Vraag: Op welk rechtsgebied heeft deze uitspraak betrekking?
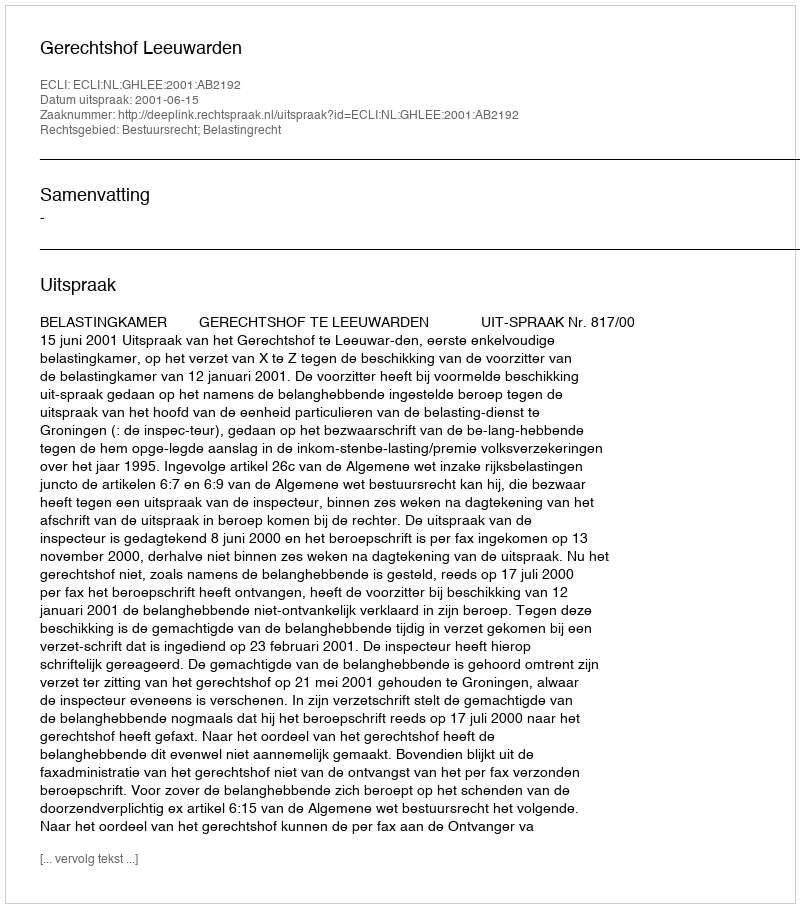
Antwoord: Bestuursrecht; Belastingrecht